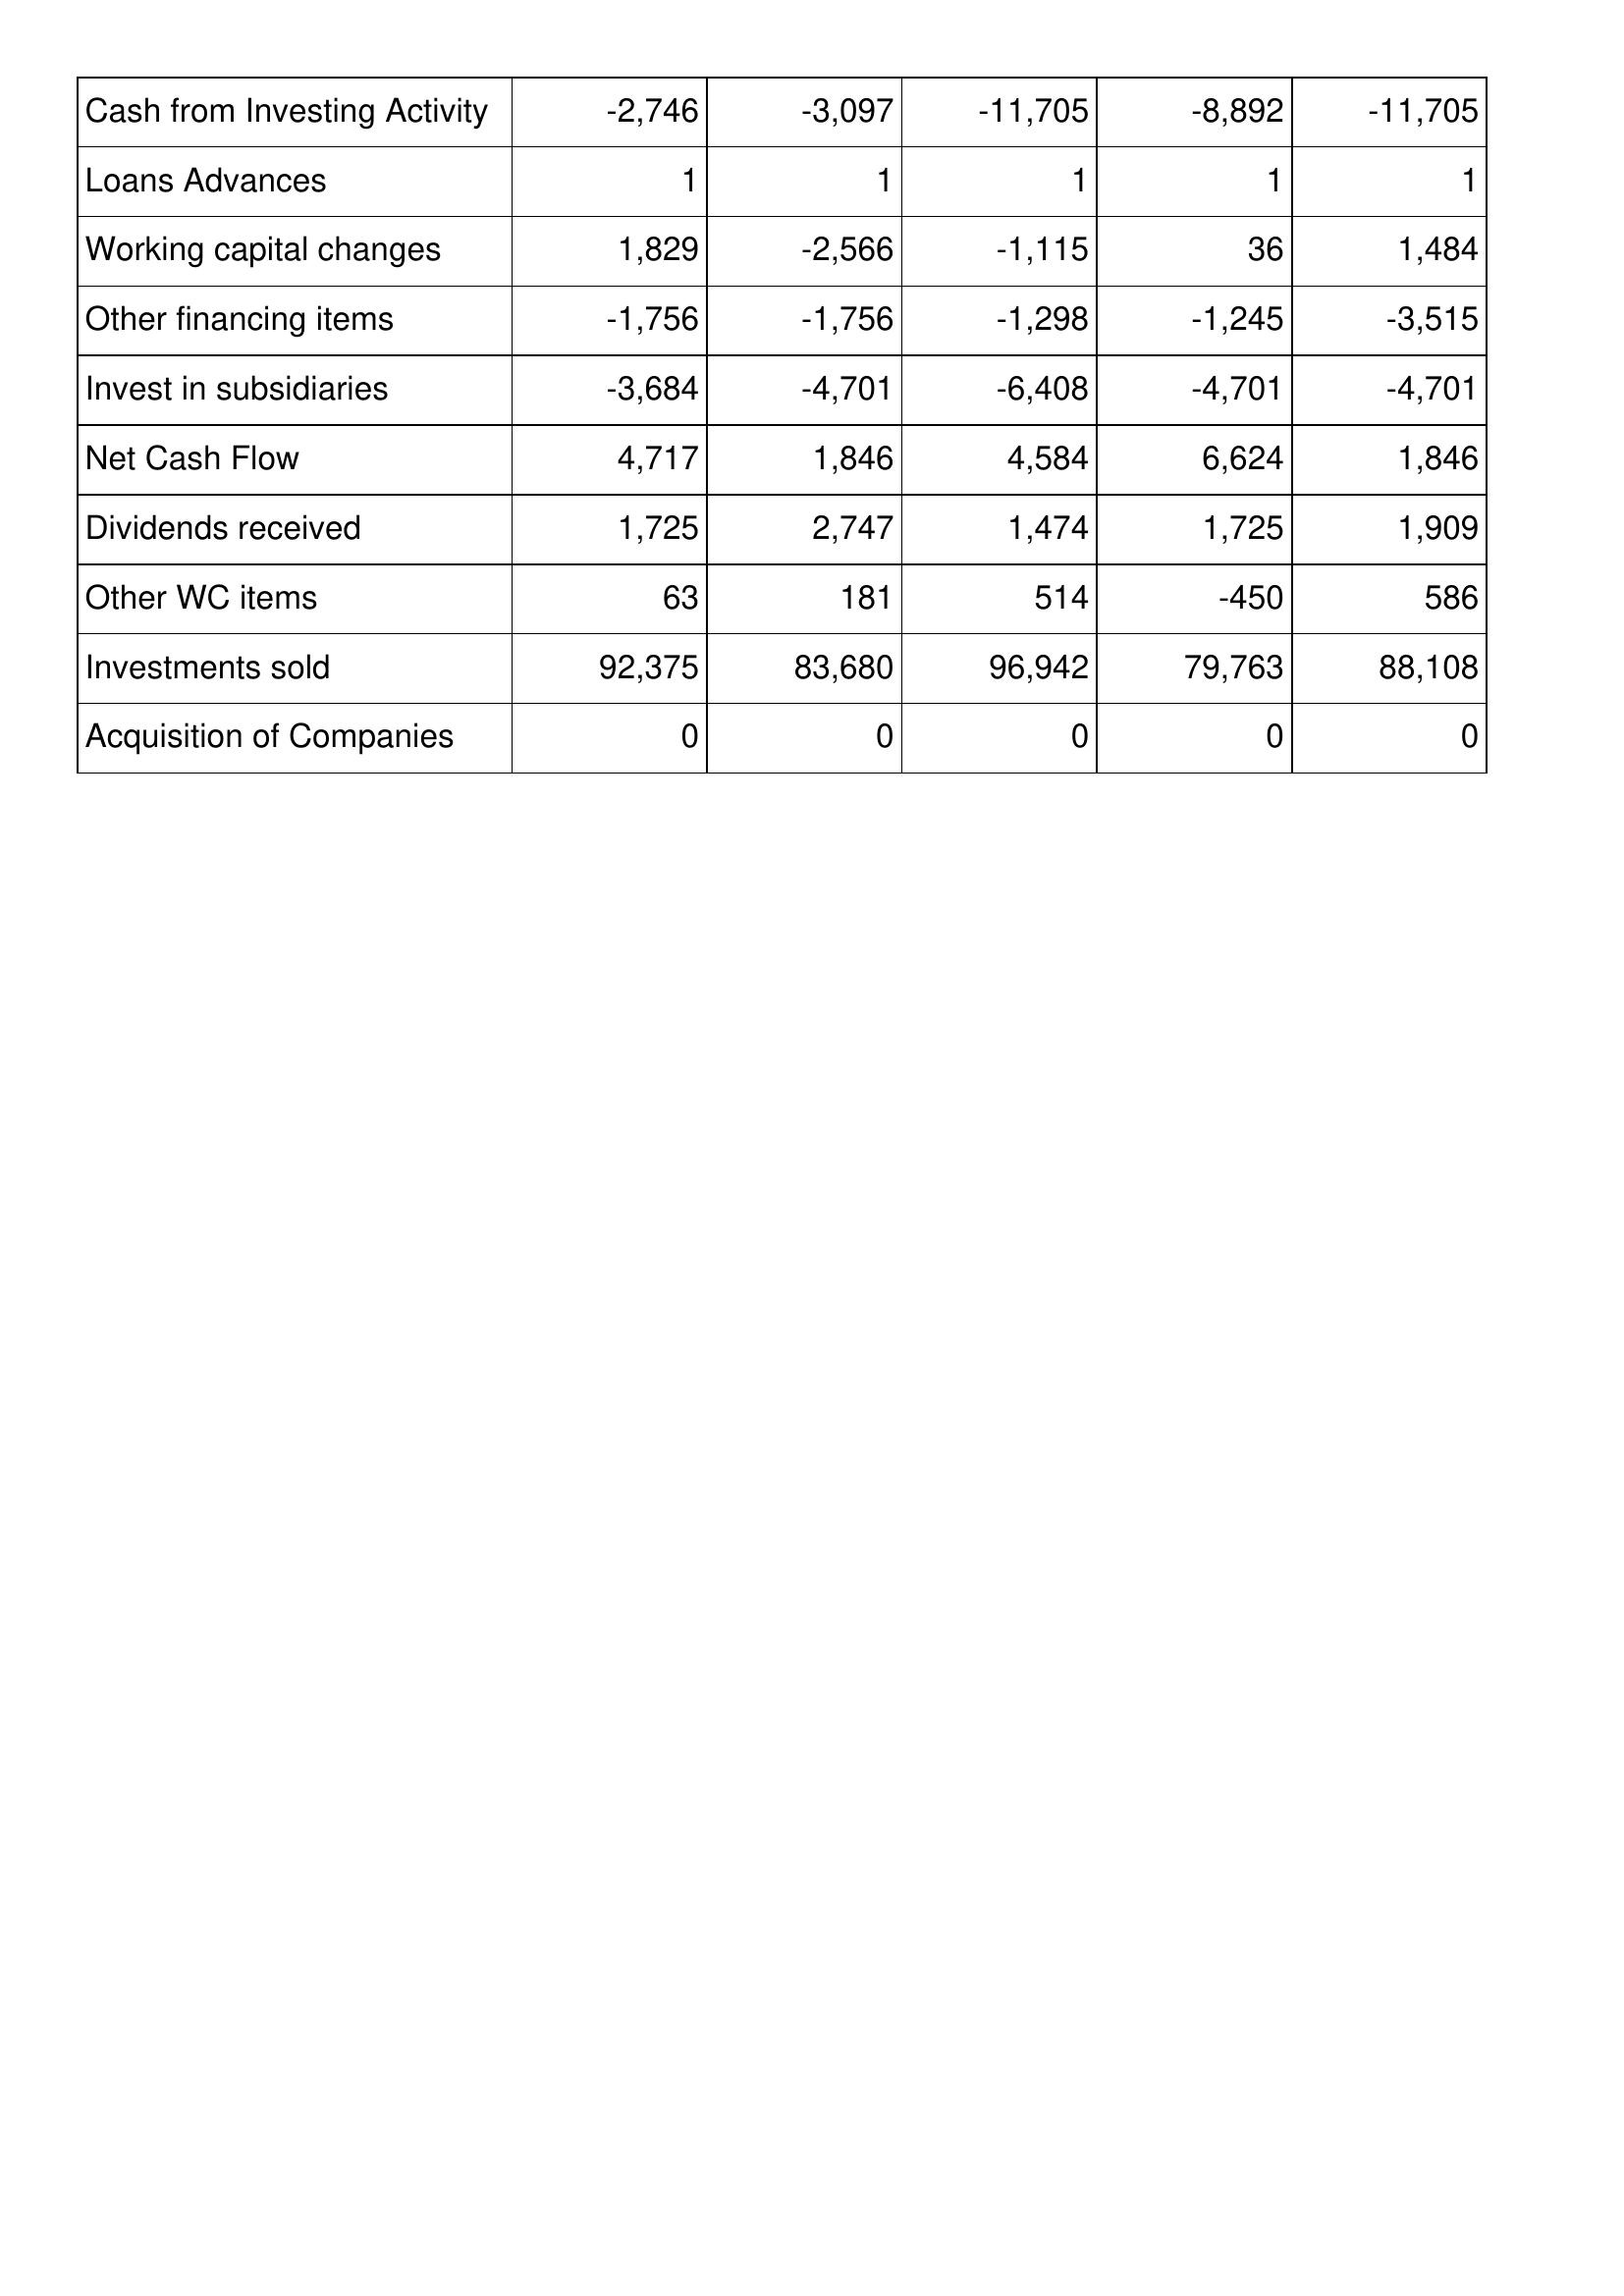
Aug-12: Cash Flows: Cash from Investing Activity: -2,746
Loans Advances: 1
Working capital changes: 1,829
Other financing items: -1,756
Invest in subsidiaries: -3,684
Net Cash Flow: 4,717
Dividends received: 1,725
Other WC items: 63
Investments sold: 92,375
Acquisition of Companies: 0
Aug-13: Cash Flows: Cash from Investing Activity: -3,097
Loans Advances: 1
Working capital changes: -2,566
Other financing items: -1,756
Invest in subsidiaries: -4,701
Net Cash Flow: 1,846
Dividends received: 2,747
Other WC items: 181
Investments sold: 83,680
Acquisition of Companies: 0
Aug-14: Cash Flows: Cash from Investing Activity: -11,705
Loans Advances: 1
Working capital changes: -1,115
Other financing items: -1,298
Invest in subsidiaries: -6,408
Net Cash Flow: 4,584
Dividends received: 1,474
Other WC items: 514
Investments sold: 96,942
Acquisition of Companies: 0
Aug-15: Cash Flows: Cash from Investing Activity: -8,892
Loans Advances: 1
Working capital changes: 36
Other financing items: -1,245
Invest in subsidiaries: -4,701
Net Cash Flow: 6,624
Dividends received: 1,725
Other WC items: -450
Investments sold: 79,763
Acquisition of Companies: 0
Aug-16: Cash Flows: Cash from Investing Activity: -11,705
Loans Advances: 1
Working capital changes: 1,484
Other financing items: -3,515
Invest in subsidiaries: -4,701
Net Cash Flow: 1,846
Dividends received: 1,909
Other WC items: 586
Investments sold: 88,108
Acquisition of Companies: 0